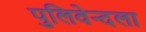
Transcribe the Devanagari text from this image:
पुलिवेन्दला